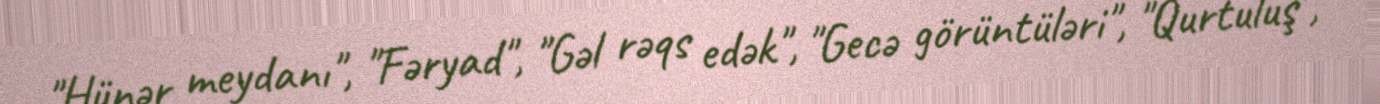
"Hünər meydanı", "Fəryad", "Gəl rəqs edək", "Gecə görüntüləri", "Qurtuluş",